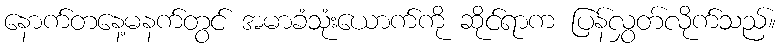
နောက်တနေ့မနက်တွင် အမာခံသုံးယောက်ကို ဆိုင်ရာက ပြန်လွှတ်လိုက်သည်။